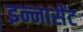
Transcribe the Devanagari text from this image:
इन्नासेंट